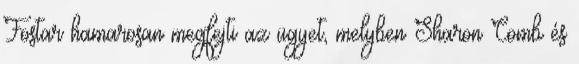
Fostar hamarosan megfejti az ügyet, melyben Sharon Comb és